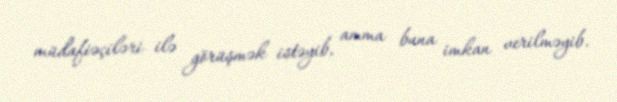
müdafiəçiləri ilə görüşmək istəyib, amma buna imkan verilməyib.